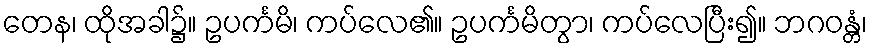
တေန၊ ထိုအခါ၌။ ဥပင်္ကမိ၊ ကပ်လေ၏။ ဥပင်္ကမိတွာ၊ ကပ်လေပြီး၍။ ဘဂဝန္တံ၊